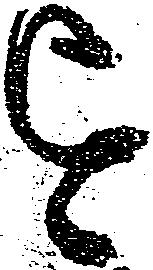
を